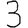
Digit: 3